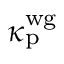
\kappa _ { \mathrm { p } } ^ { \mathrm { w g } }